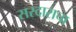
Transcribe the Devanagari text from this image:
सरदाराचा